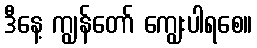
ဒီနေ့ ကျွန်တော် ကျွေးပါရစေ။